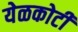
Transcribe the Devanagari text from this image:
येळकोटी